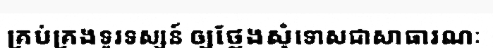
គ្រប់គ្រងទូរទស្សន៍ ឲ្យថ្លែងសុំទោសជាសាធារណៈ